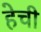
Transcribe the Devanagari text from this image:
हेची